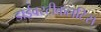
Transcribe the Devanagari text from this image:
डाईवरटीकलटिस